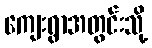
ကျေးရွာအတွင်းသို့